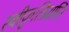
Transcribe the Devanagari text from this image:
स्वीकृतिप्राप्ति